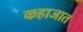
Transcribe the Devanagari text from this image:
कहाजात